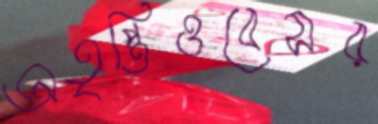
অতৃপ্তিওবেসর